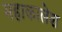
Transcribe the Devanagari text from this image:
महाकालेश